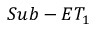
S u b - E T _ { 1 }